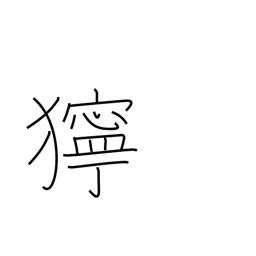
Meaning: bad